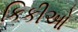
કિકીઓ